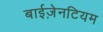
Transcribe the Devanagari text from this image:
बाईज़ेनटियम